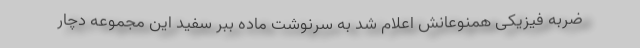
ضربه فیزیکی همنوعانش اعلام شد به سرنوشت ماده ببر سفید این مجموعه دچار